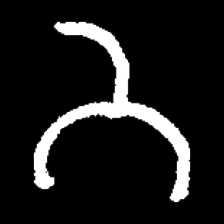
Pyu character \u2014 Myanmar letter: ဘ (romanized: bha)